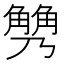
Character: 𧤢